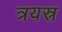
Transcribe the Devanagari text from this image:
त्रयस्र